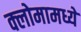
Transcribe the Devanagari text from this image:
क्लोमामध्ये